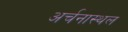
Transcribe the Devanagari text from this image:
अर्चनास्थल